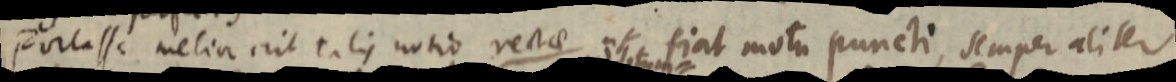
Fortasse melior erit talis notio rectae ut fiat motu puncti, semper aliter